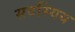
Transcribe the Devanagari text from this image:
सदस्यिय